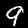
Digit: 9